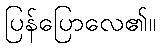
ပြန်ပြောလေ၏။